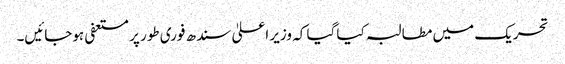
تحریک میں مطالبہ کیا گیا کہ وزیر اعلیٰ سندھ فوری طور پر مستعفی ہوجائیں۔